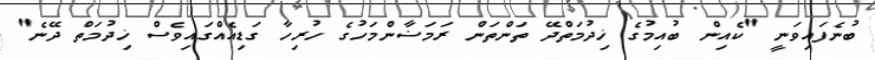
ބުނެފައިވަނީ "ކެއިން ބުއިމުގެ ޚިދުމަތްދޭ ތަންތަން ރަމަޟާންމަހުގެ ހުރިހާ ގަޑިއެއްގައިވެސް ޚިދުމަތް ދޭނެ"